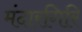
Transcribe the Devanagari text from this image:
मंदारगिरि